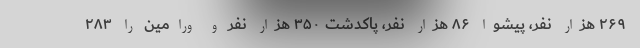
۲۶۹ هزار نفر، پیشوا ۸۶ هزار نفر، پاکدشت ۳۵۰ هزار نفر و ورامین را ۲۸۳